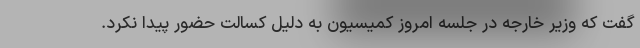
گفت که وزیر خارجه در جلسه امروز کمیسیون به دلیل کسالت حضور پیدا نکرد.